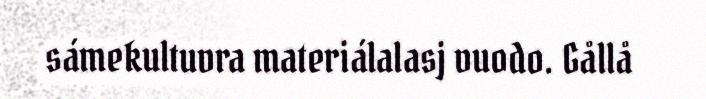
sámekultuvra materiálalasj vuodo. Gållå